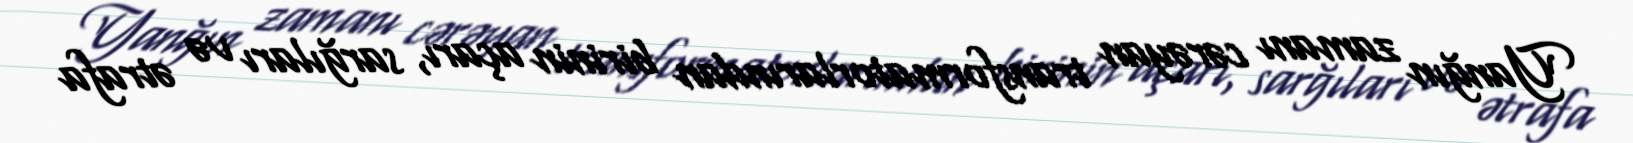
Yanğın zamanı cərəyan transformatorlarından birinin açarı, sarğıları və ətrafa